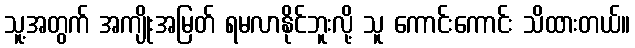
သူ့အတွက် အကျိုးအမြတ် ရမလာနိုင်ဘူးလို့ သူ ကောင်းကောင်း သိထားတယ်။